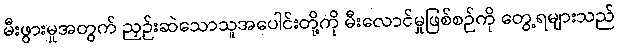
မီးဖွားမှုအတွက် ညှဉ်းဆဲသောသူအပေါင်းတို့ကို မီးလောင်မှုဖြစ်စဉ်ကို တွေ့ရများသည်